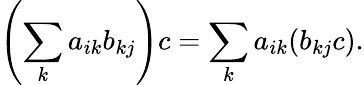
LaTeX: \left(\sum_{k}a_{ik}b_{kj}\right)c=\sum_{k}a_{ik}(b_{kj}c).